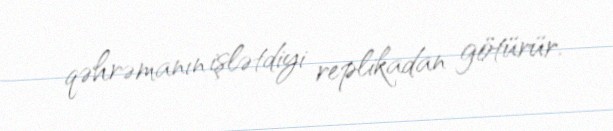
qəhrəmanın işlətdiyi replikadan götürür.